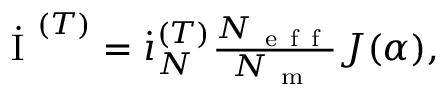
\begin{array} { r } { \dot { \mathrm { ~ I ~ } } ^ { ( T ) } = \dot { \i } _ { N } ^ { ( T ) } \frac { N _ { \mathrm { ~ e ~ f ~ f ~ } } } { N _ { \mathrm { ~ m ~ } } } J ( \alpha ) , } \end{array}